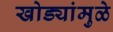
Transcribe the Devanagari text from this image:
खोड्यांमुळे